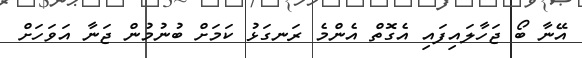
އޭނާ ބޯ ޖަހާލައިފައި އެގޮތް އެންމެ ރަނގަޅު ކަމަށް ބުނުމުން ޖަނާ އަވަހަށް